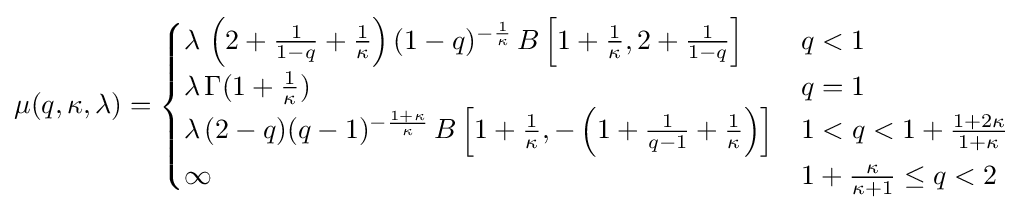
\mu (q,\kappa ,\lambda )={\begin{cases}\lambda \,\left(2+{\frac {1}{1-q}}+{\frac {1}{\kappa }}\right)(1-q)^{-{\frac {1}{\kappa }}}\,B\left[1+{\frac {1}{\kappa }},2+{\frac {1}{1-q}}\right]&q<1\\\lambda \,\Gamma (1+{\frac {1}{\kappa }})&q=1\\\lambda \,(2-q)(q-1)^{-{\frac {1+\kappa }{\kappa }}}\,B\left[1+{\frac {1}{\kappa }},-\left(1+{\frac {1}{q-1}}+{\frac {1}{\kappa }}\right)\right]&1<q<1+{\frac {1+2\kappa }{1+\kappa }}\\\infty &1+{\frac {\kappa }{\kappa +1}}\leq q<2\end{cases}}